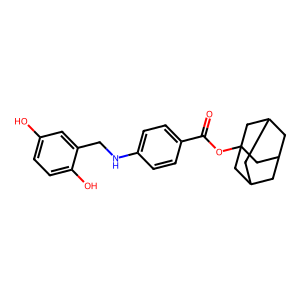
SMILES: O=C(OC12CC3CC(CC(C3)C1)C2)c1ccc(NCc2cc(O)ccc2O)cc1
Inhibits HIV replication: No